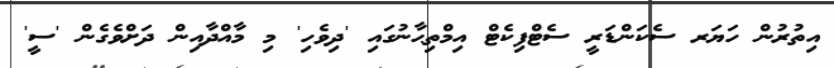
އިތުރުން ހަޔަރ ސެކަންޑަރީ ސެޓްފިކެޓް އިމްތިޙާނުގައި 'ދިވެހި' މި މާއްދާއިން ދަށްވެގެން 'ސީ'